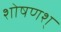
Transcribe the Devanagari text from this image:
शोषणश्